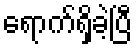
ရောက်ရှိခဲ့ပြီ